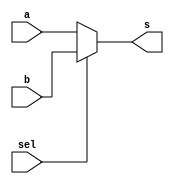
module mux5bit(sel, a, b, s);
  input sel;
  input [4:0] a, b;
  output [4:0] s;
    assign s = (sel) ? b : a;
endmodule